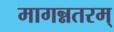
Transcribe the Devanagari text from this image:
मागन्नतरम्